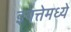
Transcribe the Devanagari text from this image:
इयत्तेमध्ये